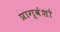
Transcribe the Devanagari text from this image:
प्राग्वंशो